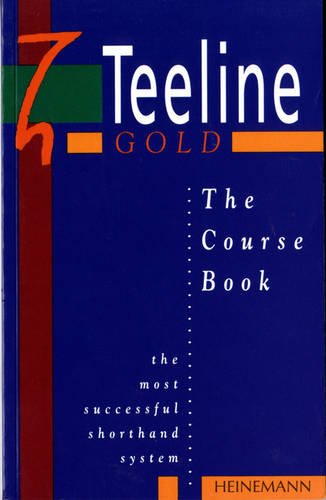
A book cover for Teeline Gold Coursebook; Jean Clarkson; Business & Money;